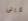
كالى